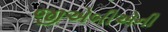
જીએબીએની